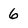
Character: 6